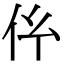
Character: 𠆺